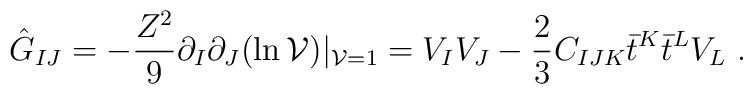
\hat  {G}_{IJ}=-   {Z^2\over 9}  \partial_I \partial_J (\ln {\cal V} ) |_{{\cal V}=1}= V_I V_J - {2\over 3} C_{IJK} \bar t^K   \bar t^L V_L  \ .